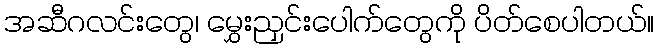
အဆီဂလင်းတွေ၊ မွှေးညှင်းပေါက်တွေကို ပိတ်စေပါတယ်။